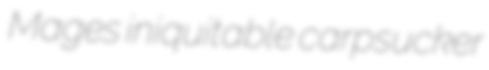
Mages iniquitable carpsucker